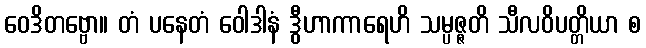
ဝေဒိတဗ္ဗော။ တံ ပနေတံ ဝေါဒါနံ ဒွီဟာကာရေဟိ သမ္ပဇ္ဇတိ သီလဝိပတ္တိယာ စ